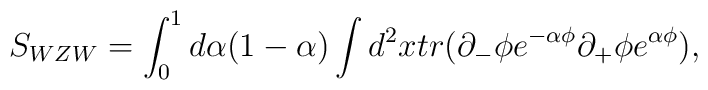
S_{WZW}=\int_0^1d\alpha (1-\alpha )\int d^2xtr(\partial _{-}\phi e^{-\alpha\phi }\partial _{+}\phi e^{\alpha \phi }),